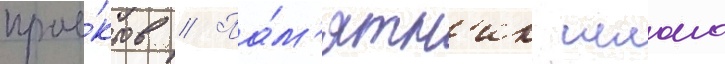
прое́ктов // Па́м'ятн'ик шломо